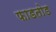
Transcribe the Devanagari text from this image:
फाडतोड